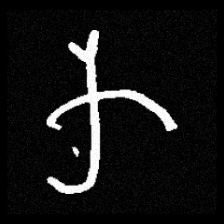
Pyu character \u2014 Myanmar letter: က (romanized: ka)